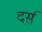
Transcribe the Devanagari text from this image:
दर्स